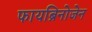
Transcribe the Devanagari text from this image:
फायब्रिनोजेन